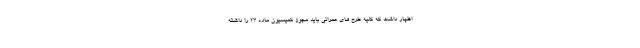
اظهار داشت که کلیه طرح های عمرانی باید مجوز کمیسیون ماده ۲۳ را داشته